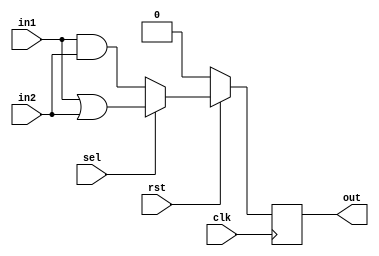
module IClab(clk,rst,in1,in2,sel,out);
  input clk, rst, sel, in1, in2;
  output out;
  reg out_r;
  reg out_w;
  assign out=out_r;
  
  always@(*)begin
     if(sel)
     out_w=in1 | in2;
     else
     out_w=in1 & in2;
  end

  always@(posedge clk)begin
     if(~rst)
       out_r<=1'b0;
     else
       out_r<=out_w;
  end
endmodule